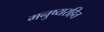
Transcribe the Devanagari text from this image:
मनुष्यरहित